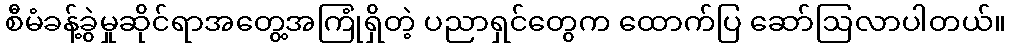
စီမံခန့်ခွဲမှုဆိုင်ရာအတွေ့အကြုံရှိတဲ့ ပညာရှင်တွေက ထောက်ပြ ဆော်ဩလာပါတယ်။